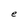
Character: e